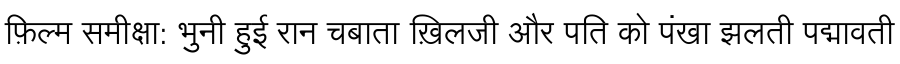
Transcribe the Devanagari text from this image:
फ़िल्म समीक्षा: भुनी हुई रान चबाता ख़िलजी और पति को पंखा झलती पद्मावती